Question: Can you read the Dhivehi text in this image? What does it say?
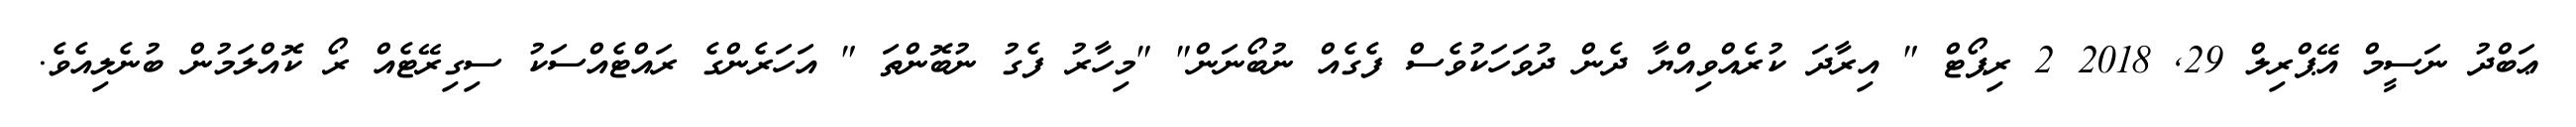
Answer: ޢަބްދު ނަސީމް އޭޕްރިލް 29, 2018 2 ރިޕޯޓް " އިރާދަ ކުރެއްވިއްޔާ ދެން ދުވަހަކުވެސް ފެގެއް ނުބޯނަން" "މިހާރު ފެގު ނުބޮންތަ " އަހަރެންގެ ރައްޓެއްސަކު ސިގިރޭޓެއް ރޯ ކޮއްލަމުން ބުނެލިއެވެ.